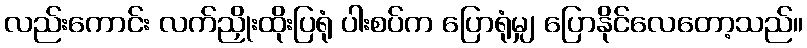
လည်းကောင်း လက်ညှိုးထိုးပြရုံ ပါးစပ်က ပြောရုံမျှ ပြောနိုင်လေတော့သည်။